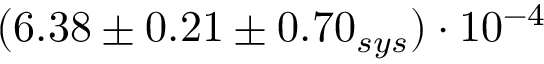
( 6 . 3 8 \pm 0 . 2 1 \pm 0 . 7 0 _ { s y s } ) \cdot 1 0 ^ { - 4 }